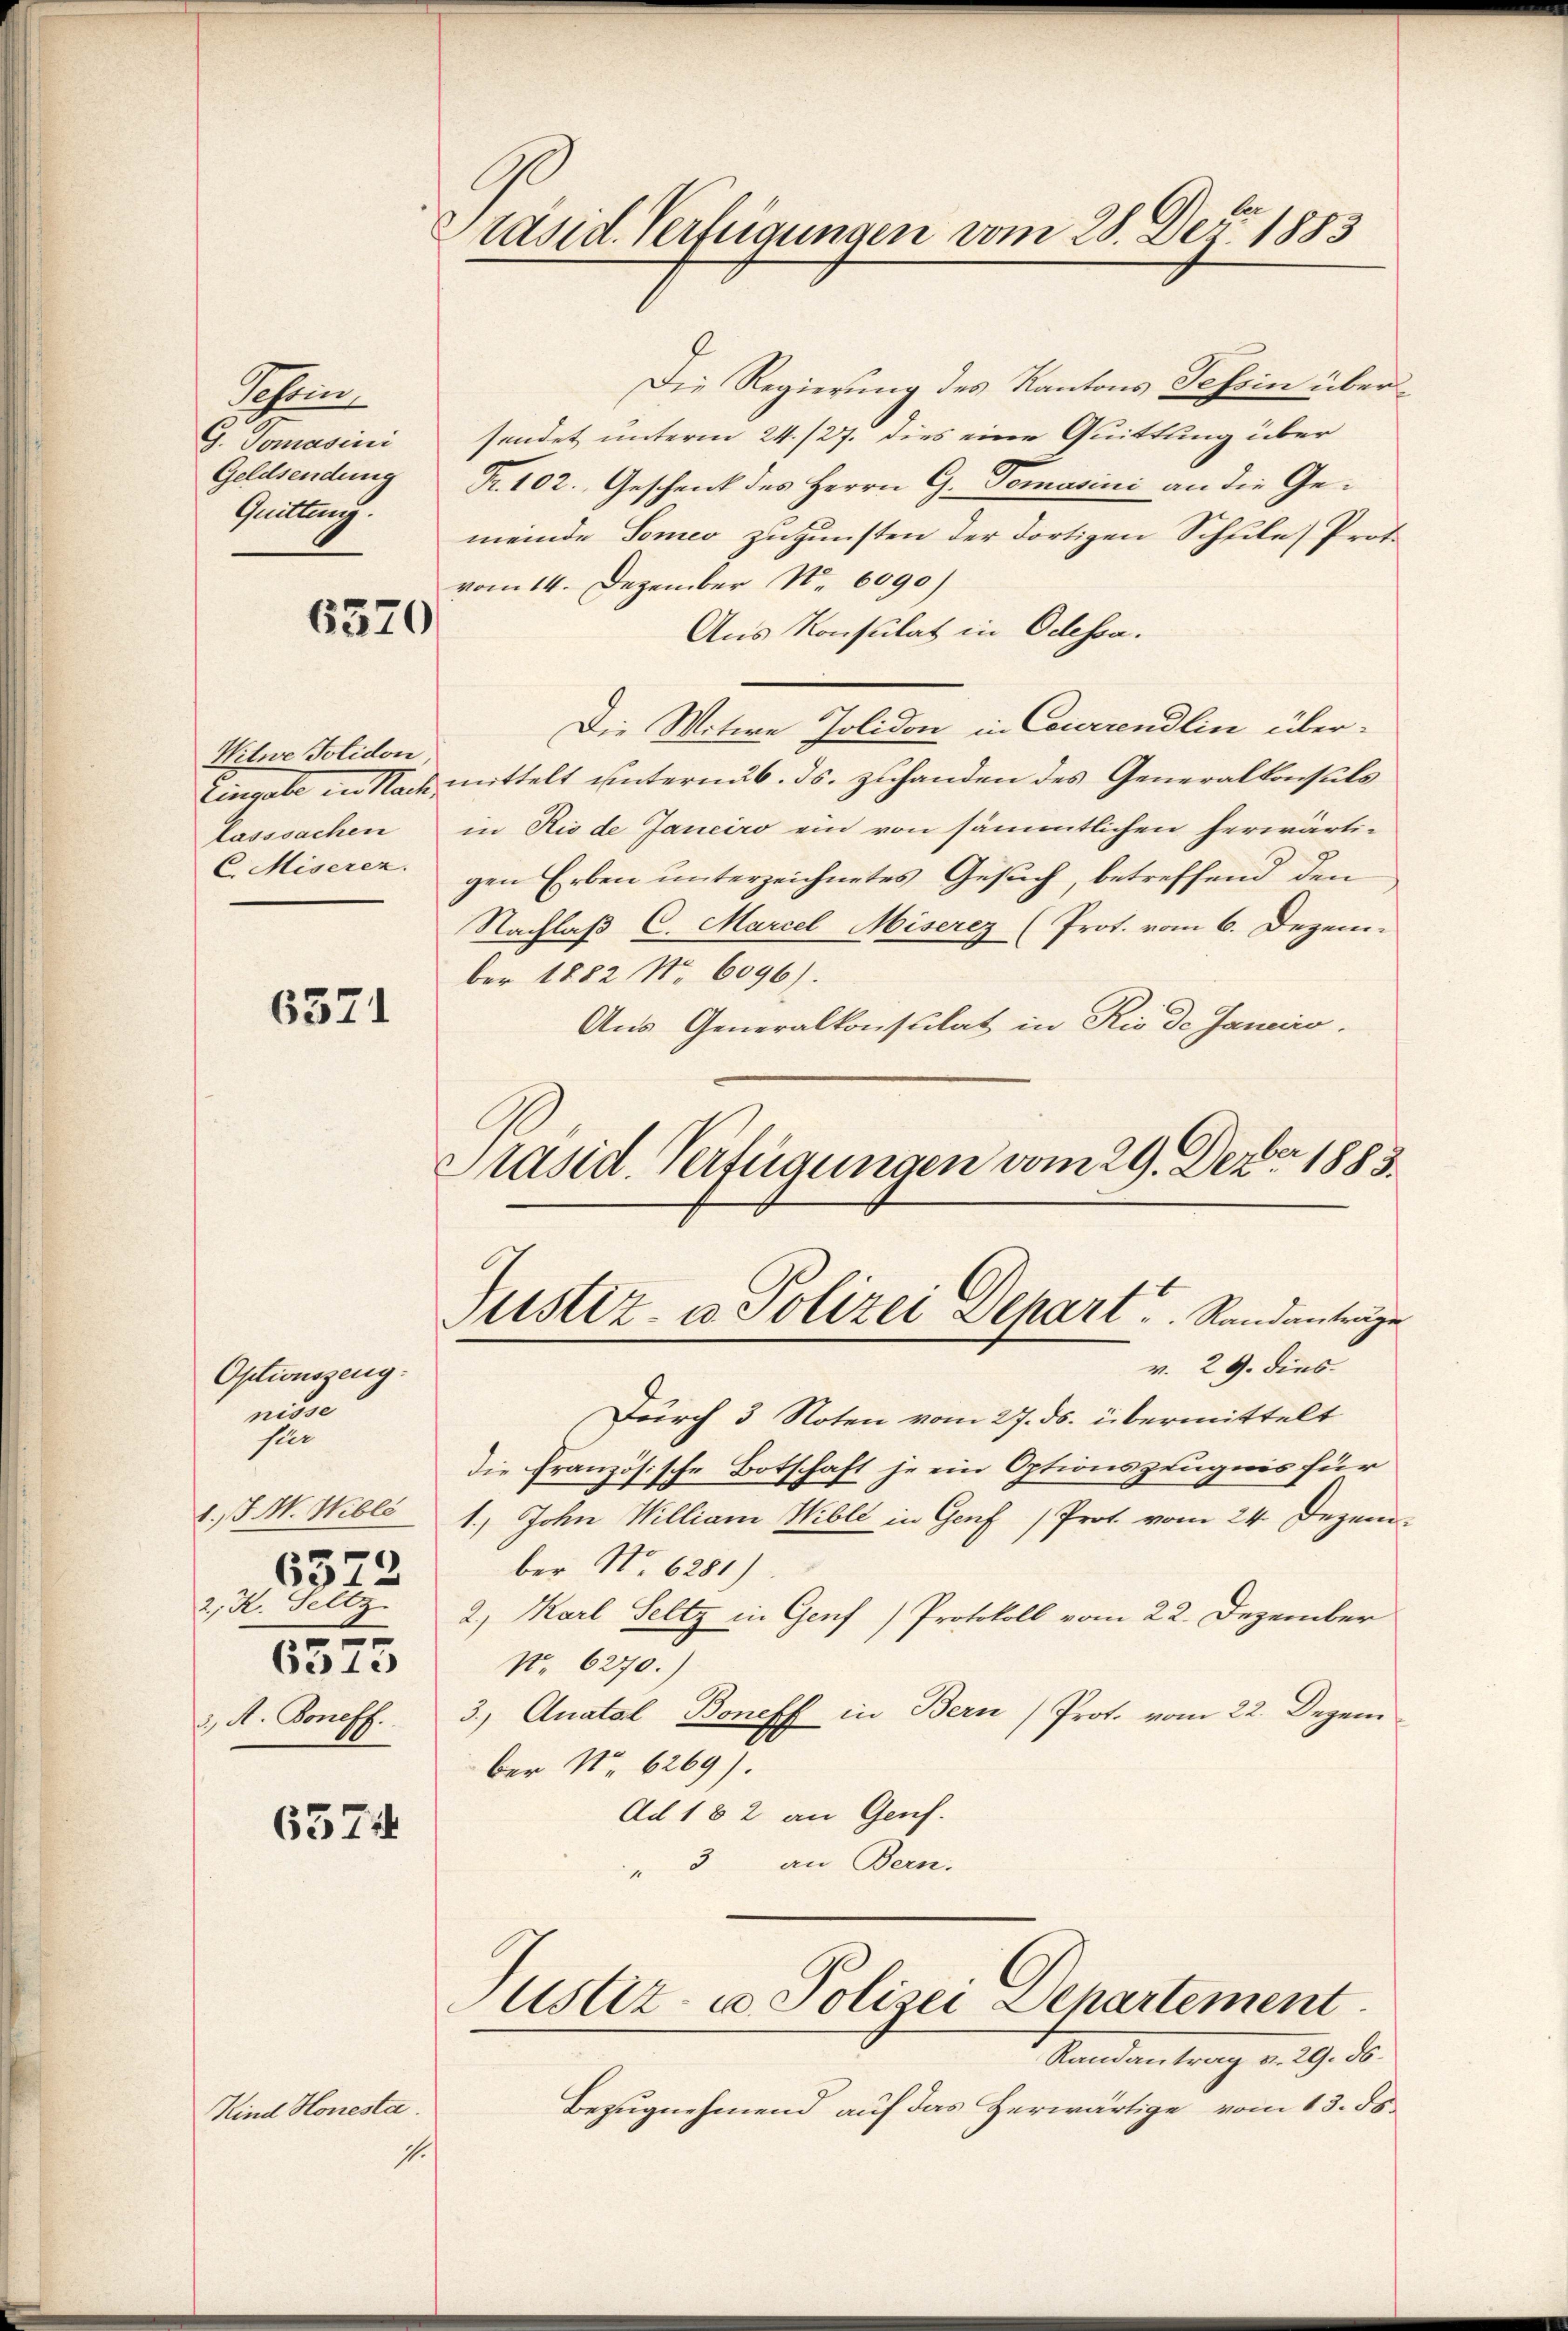
h
G. Tomasini
Geldsendung
Quittung.

6570

Witwe Polidon
lasssachen

6371

Optionszeug
nisse
ster
1. /. M. Wibli
6572
2; R. Seltz
6575
3., A. Soneff.

6574

Präsid. Verfügungen vom 28. Dez. 1883

Die Regierung des Kantons Tessin übersendet unterm 24. /27. dies eine Quittung über
Fr. 102. Geschenk des Herrn G. Tomasini an die Ge-
meinde Tomeo zugunsten der dortigen Schule) Prot.
vom 14. Dezember N. 6090)
Aus Konsulat in Odessa.
Die Witwe Jolidon in Correndlin über-
Eingabe in Nach mittelt unterm 6. ds. zuhanden des Generalkonsuls
in Rio de Janeiro ein von sämmtlichen herwärti-
6 Miseren. gen Erben ŭnterzeichnetes Gesŭch, betreffend den
Nachlaß C. Marcel Miserez (Prot. vom 6. Dezem-
ber 1882 No 6096).
Aus Generalkonsulat in Rio de Janeiro
Präsid. Verfügungen vom 29. Dezbr. 1883.

Justiz- u Polizei Depart. Randantrage
v. 29. dies

Durch 3 Noten vom 27. ds. übermittelt
die Französische Botschaft je ein Optionszeugnis für
1.) John Williani Wible in Genf (Prot. vom 24. Dezem-
ber No. 6281)
2., Karl Seltz in Genf) Protokoll vom 22. Dezember
No. 6270.)
3. Quatal, Boneff in Bern Prot. vom 22. Dezem
ber No 6269).
Ad 182 an Genf.
" 3 an Bern.

Ramantrag v. 29. 56.
Bezugnehmend auf das Herwärtige vom 13. ds.
Kind Honesta
s.

ustiz- u Polizei Departement.